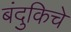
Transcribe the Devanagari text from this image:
बंदुकिचे